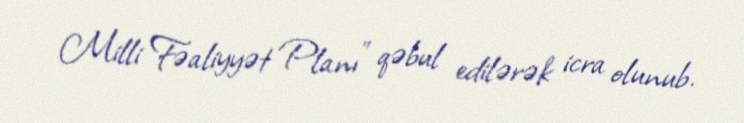
Milli Fəaliyyət Planı” qəbul edilərək icra olunub.